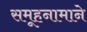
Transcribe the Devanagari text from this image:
समूहनामाने